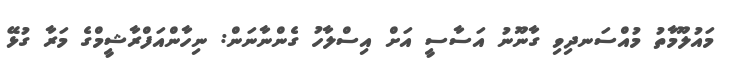
މައުލޫމާތު މުއްސަނދިވި ގާނޫނު އަސާސީ އަށް އިސްލާހު ގެންނާނަން: ނިހާންއަފްރާޝީމްގެ މަރާ ގުޅޭ